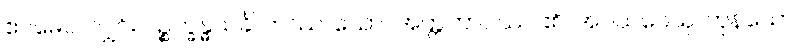
ဧဝမေဝ၊ လျှင်။ ပဉ္စက္ခန္ဓသင်္ခါ တဿ၊ သော။ အတ္တဘာဝဿ၊ ၏။ အဝယဝေသု၊ ကုန်သော။